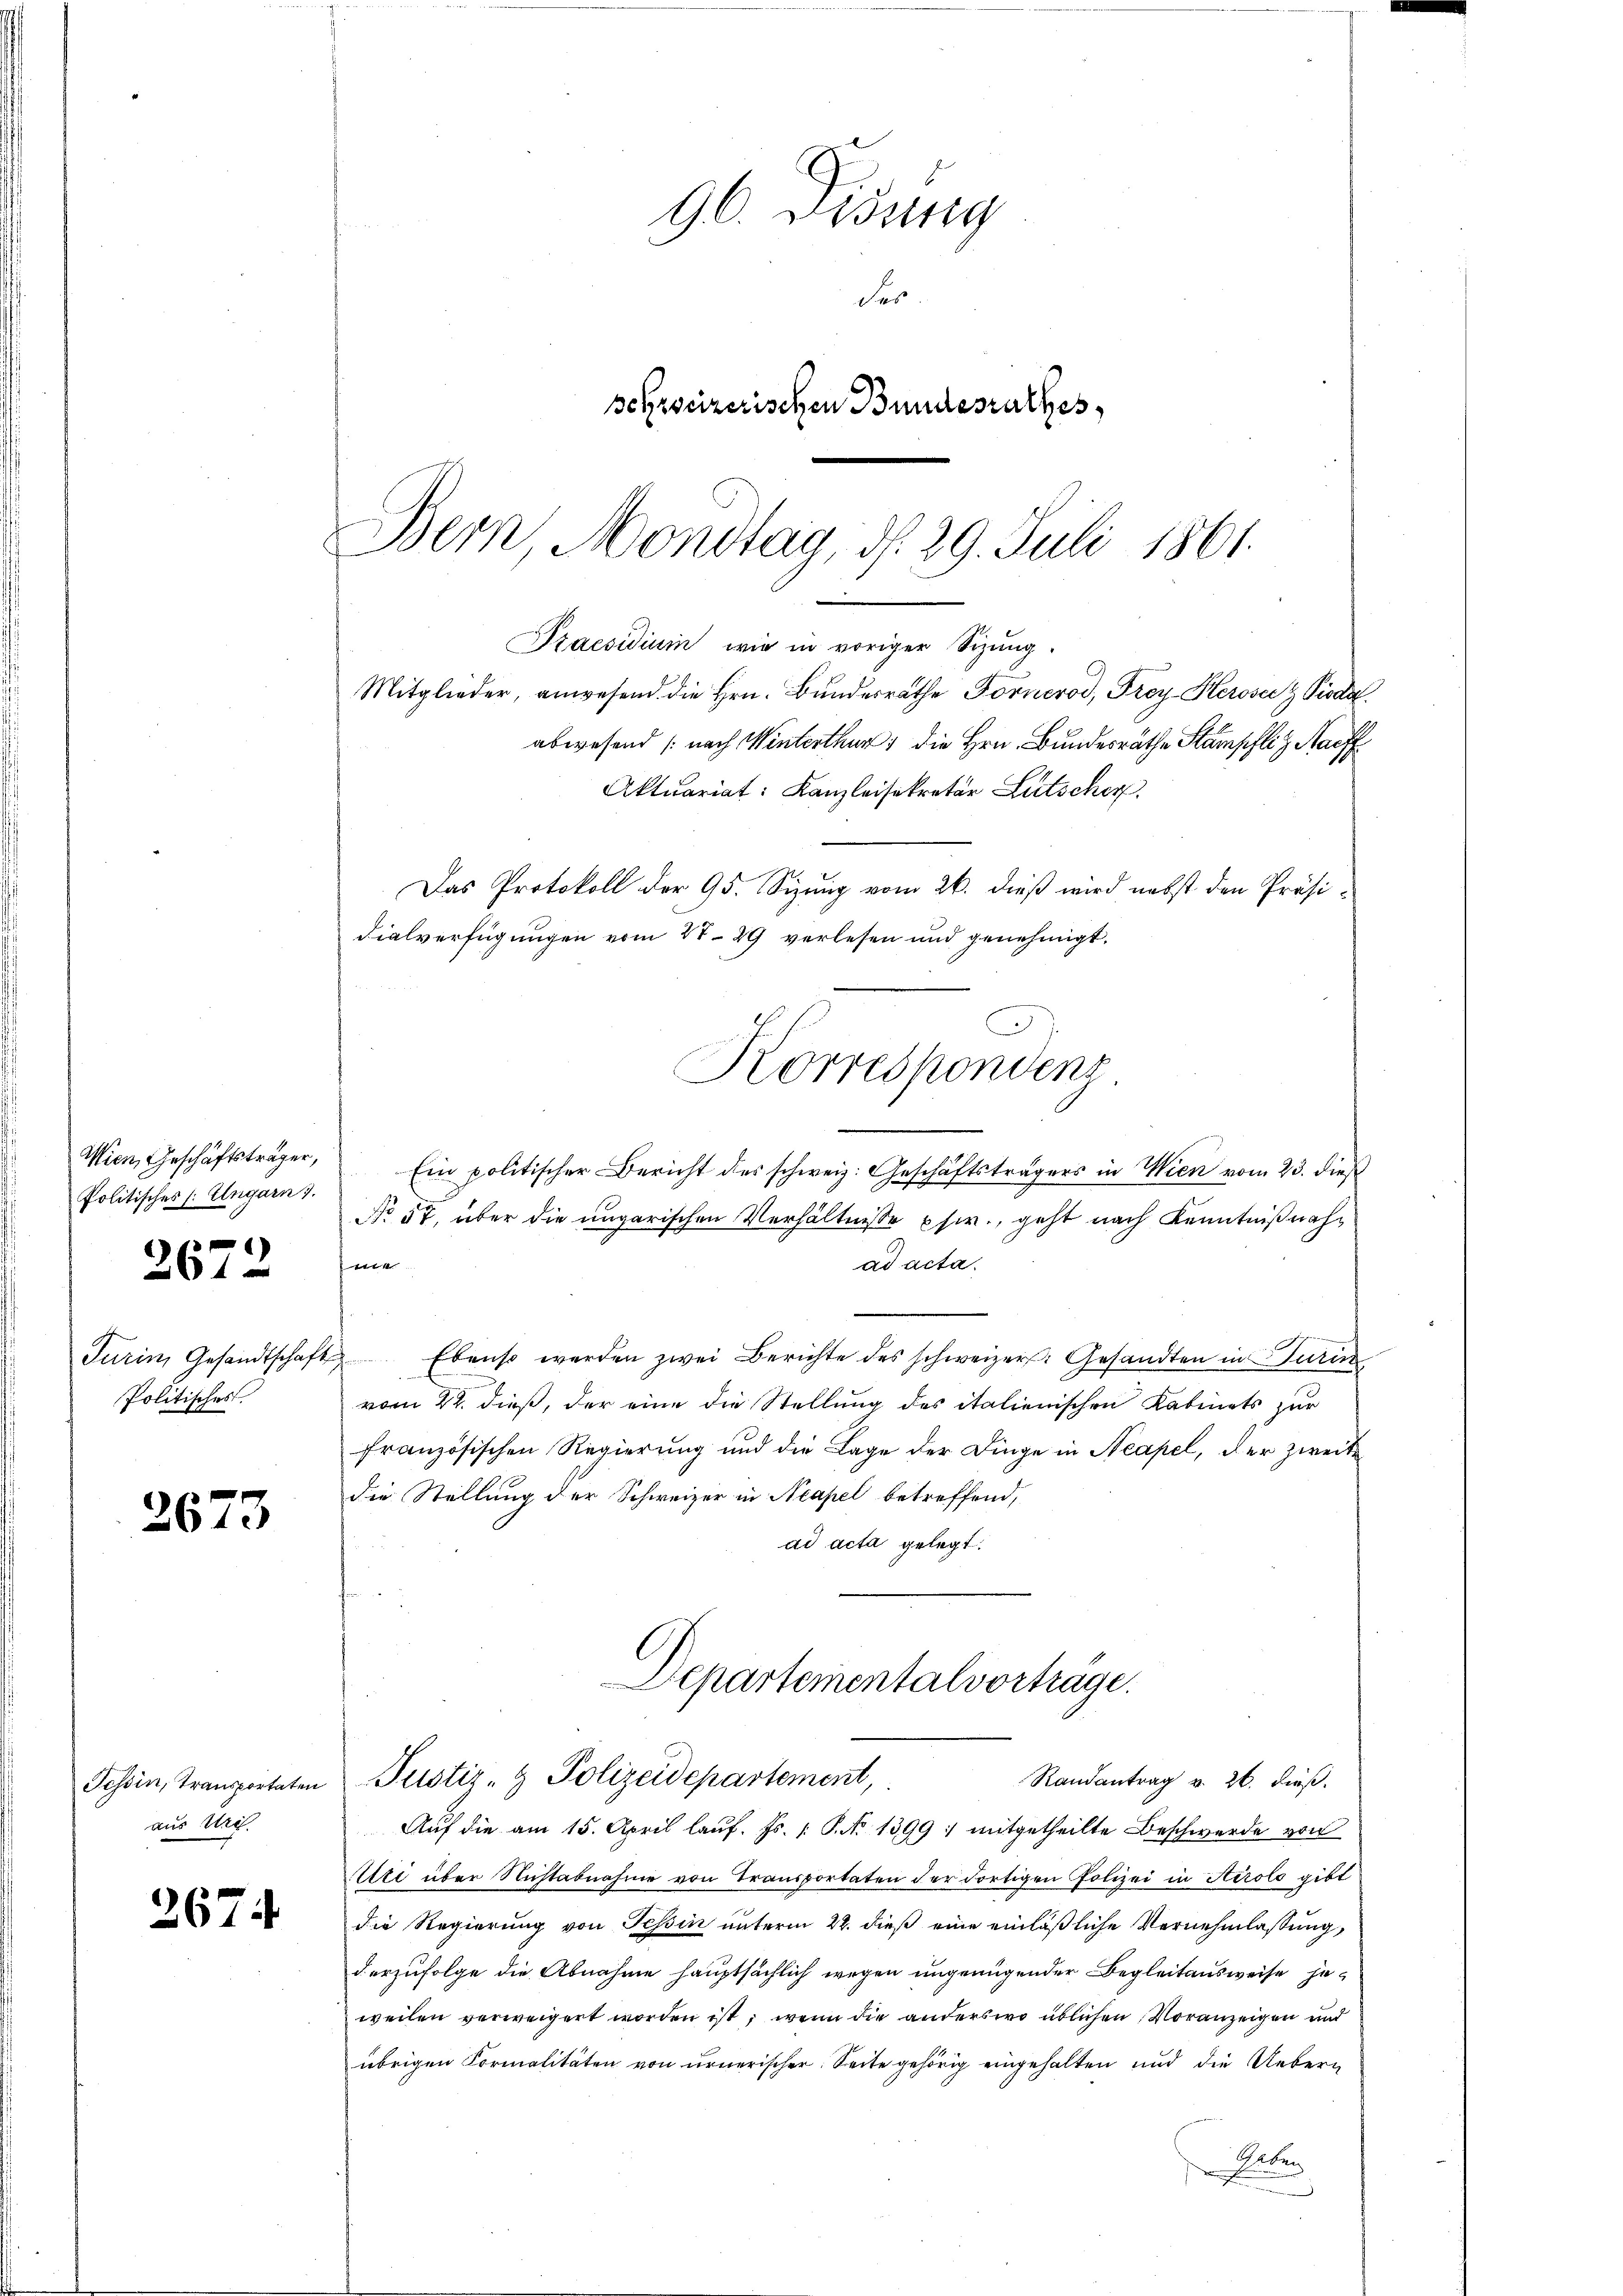
Wien, Geschäftsträger,
Politisches (: Ungarn 7.

2672

Turin, Gesandtschaf
Politisches.

2673

Tessin, Transportaten
aus Uri

2674

Bern Mondtag, d. 29. Juli 1861.
Praesidium wie in voriger Sizung.
Mitglieder, anwesend die Hrn. Bŭndesräthe Fornerod, Frey Heroser Pioda
abwesend (nach Winterthur, die Hrn. Bundesräthe Stampfli & Nachf
Aktuariat: Kanzleisekretär Lutscher

96. Disung
der
sefzseizerischen Bundesrathes

Ein politischer Bericht des schweiz. Geschäftsträgers in Wien vom 23. dieß
3
No 57, über die ungarischen Verhältnisse phir., geht nach Kenntnißnahsene
ad acta.
 Ebenso werden zwei Berichte des schweizer. Gesandten in urin
vom 22. dieß, der eine die Stellung des italienischen Kabinets zur
französischen Regierung und die Lage der Dinge in Neapel, der zweite
die Stellung der Schweizer in Neapel betreffend,
ad acta gelegt.
Departementalvortrage.
Justiz- & Polizeidepartement,
Randantrag v. 26. dieß.
Auf die am 15. April lauf. Fs. P. No 1399 : mitgetheilte Beschwerde von
Ute über Nichtabnahme von Transportaten der dortigen Polizei in Airolo gibt
die Regierung von Tessin unterm 22. dieß eine einläßliche Vernehmlassung,
derzufolge die Abnahme hauptsächlich wegen ungenügender Begleitausweise jeweilen verweigert worden ist, wenn die anderswo üblichen Voranzeigen und
übrigen Formalitäten von urnerischer Seite gehörig eingehalten und die Uebern
Gaben
s
.

Das Protokoll der 95. Sizung vom 26. dieß wird nebst den Präsi¬
Fialverfügungen vom 24. 29 verlesen und genehmigt.
C
Korrespondenz